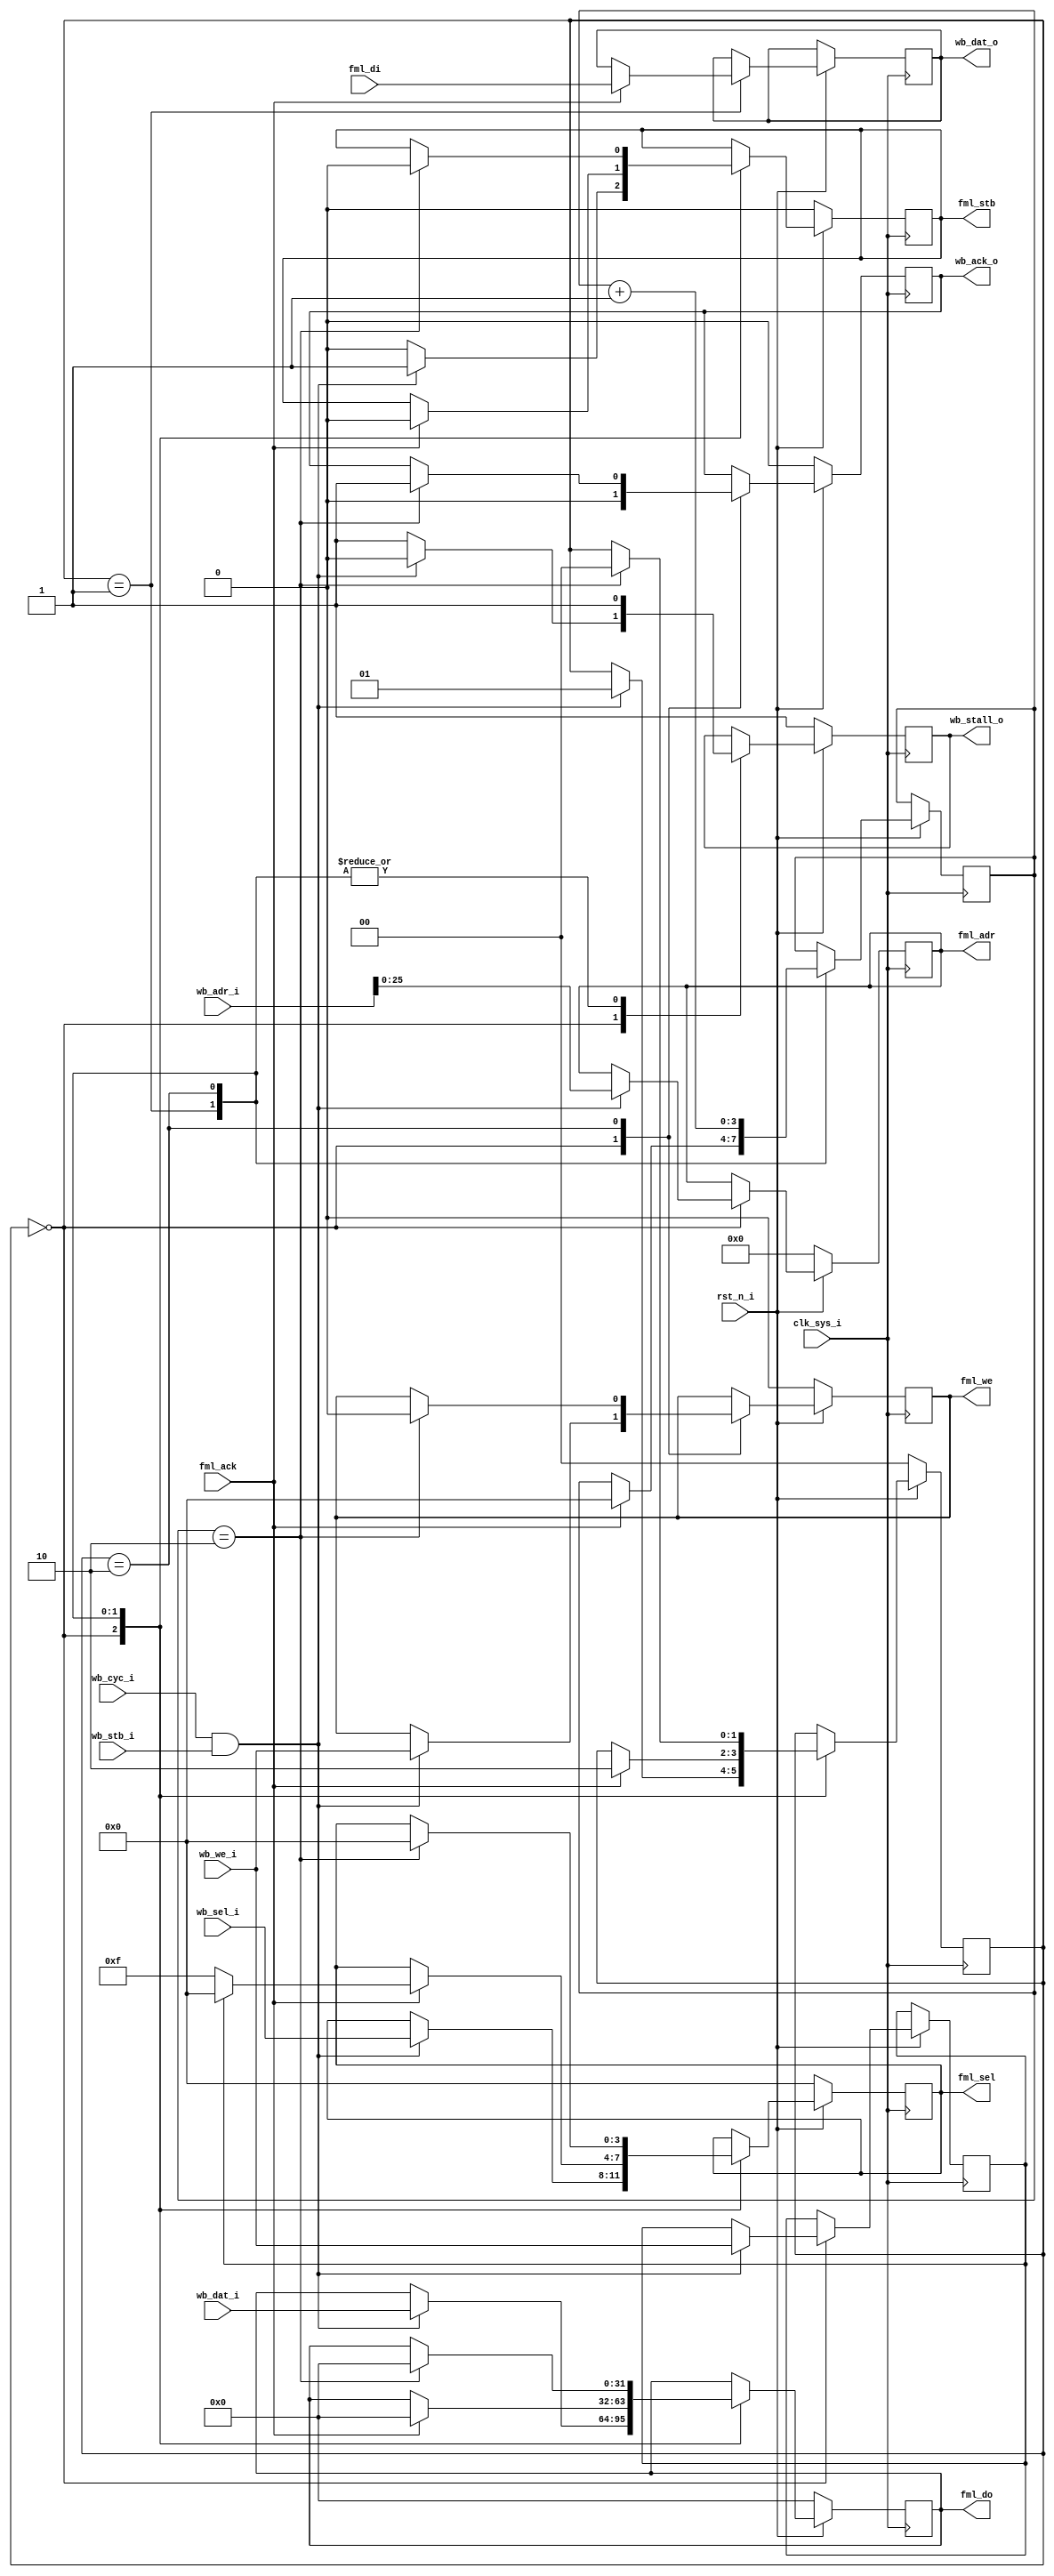
module fml_wb_bridge 
    #(
    parameter sdram_depth = 26
)
(
 input                        clk_sys_i,
 input                        rst_n_i,
 
 output reg [sdram_depth-1:0] fml_adr,
 output reg                   fml_stb,
 output reg                   fml_we,
 input                        fml_ack,
 output reg [3:0]             fml_sel,
 output reg [31:0]            fml_do,
 input [31:0]                 fml_di,

 input [31:0]                 wb_adr_i,
 input [31:0]                 wb_dat_i,
 input [3:0]                  wb_sel_i,
 input                        wb_cyc_i,
 input                        wb_stb_i,
 input                        wb_we_i,
 output reg                   wb_ack_o,
 output reg                   wb_stall_o,
 output reg [31:0]            wb_dat_o );


   reg                    wb_we_r;
   reg                    wb_ack;
   reg                    is_write;
   reg [1:0]              state;
   
`define ST_IDLE 0
`define ST_REQ 1
`define ST_WAIT 2
   
   reg [3:0]              cnt;
   
   always@(posedge clk_sys_i)
     if(!rst_n_i)
       begin
          wb_stall_o <= 1;
          wb_ack_o <= 0;
          fml_adr <= 0;
          fml_stb <= 0;
          fml_we  <= 0;
          fml_sel <= 0;
          fml_do <= 0;
          state <= `ST_IDLE;
          
          
       end else begin // if (!rst_n_i)
          case(state)
            `ST_IDLE: if(wb_cyc_i && wb_stb_i) begin
               wb_stall_o <= 0;
               wb_ack_o <= 0;
               fml_stb <= 1;
               fml_adr <= wb_adr_i;
               fml_sel <= wb_sel_i;
               fml_we <= wb_we_i;
               is_write <= wb_we_i;
               fml_do <= wb_dat_i;
               state <= `ST_REQ;
               wb_stall_o <= 0;
            end else begin
               wb_stall_o <= 1;
               wb_ack_o <= 0;
               fml_stb <= 0;
            end // else: !if(wb_cyc_i && wb_stb_i)
            
            `ST_REQ:
              begin
                 wb_stall_o <= 1;
                 
               if(fml_ack) 
                 begin
		    fml_do <= 0;
                    fml_sel <= is_write ? 0 : 4'hf;
                    fml_stb <= 0;
                    wb_dat_o <= fml_di;
                    state <= `ST_WAIT;
                    cnt <= 0;
                 end
              end // case: `ST_REQ
            

            `ST_WAIT:
              begin
                 cnt <= cnt + 1;
                 wb_stall_o <= 1;
   
                 if(cnt == 2)
		   
                   begin
                      fml_stb <= 0;
                      fml_we <= 0;
                      wb_ack_o <= 1;
                      state <= `ST_IDLE;
                      fml_sel <= 0;
                      fml_do <= 0;
                   end
              end
          endcase // case (state)
          end // else: !if(!rst_n_i)
   
         
endmodule